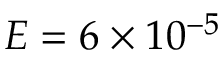
E = 6 \times 1 0 ^ { - 5 }